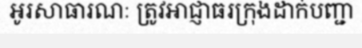
អូរសាធារណៈ ត្រូវអាជ្ញាធរក្រុងដាក់បញ្ជា